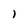
Character: l